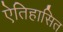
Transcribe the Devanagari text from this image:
ऐतिहासित